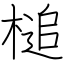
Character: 槌